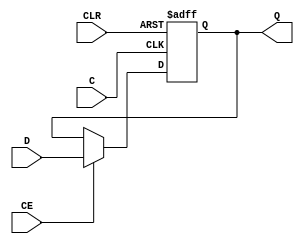
`timescale 100 ps / 10 ps

module REG4CE(Q, C, CE, CLR, D);

   
   output [3:0]      Q;

   input 	      C;	
   input 	      CE;	
   input 	      CLR;	
   input  [3:0]      D;
   
   reg    [3:0]      Q;
   
   always @(posedge C or posedge CLR)
     begin
	if (CLR)
	  Q <= 4'b0000;
	else if (CE)
          Q <= D;
     end
   
   
endmodule